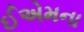
ઈએમના